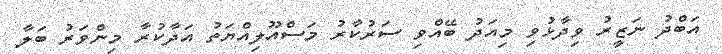
އަބްދު ނަޒީރު ވިދާޅުވި މިއަދު ބޭއްވި ސަރުކާރު މަސްއޫލިއްޔަތު އަދާކުރާ މިންވަރު ބަލާ